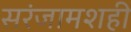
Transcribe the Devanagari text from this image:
सरंजामशही